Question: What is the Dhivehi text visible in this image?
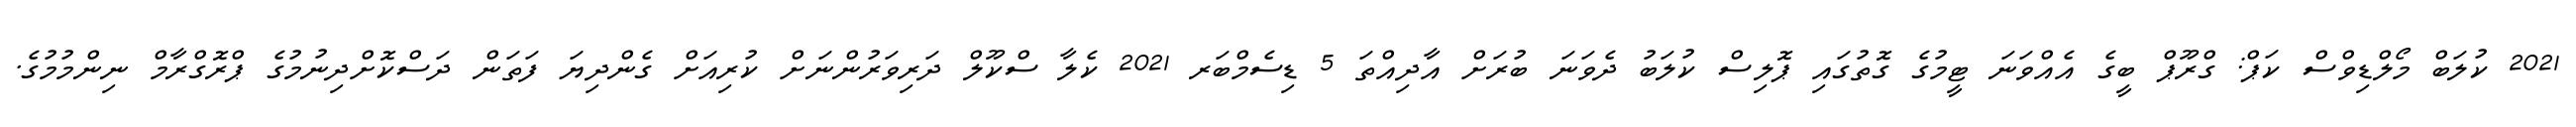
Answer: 2021 ކުލަބް މޯލްޑިވްސް ކަޕް: ގްރޫޕް ބީގެ އެއްވަނަ ޓީމުގެ ގޮތުގައި ޕޮލިސް ކުލަބު ދެވަނަ ބުރަށް އާދިއްތަ 5 ޑިސެމްބަރ 2021 ކެލާ ސްކޫލް ދަރިވަރުންނަށް ކުރިއަށް ގެންދިޔަ ފަތަން ދަސްކޮށްދިނުމުގެ ޕްރޮގްރާމް ނިންމުމުގެ.